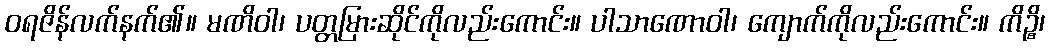
ဝရဇိန်လက်နက်၏။ မဏိဝါ၊ ပတ္တမြားဆိုင်ကိုလည်းကောင်း။ ပါသာဏောဝါ၊ ကျောက်ကိုလည်းကောင်း။ ကိဉ္စိ၊